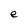
Character: e